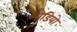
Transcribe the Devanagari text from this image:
औडियो